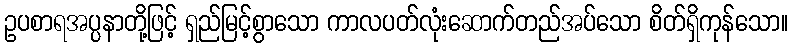
ဥပစာရအပ္ပနာတို့ဖြင့် ရှည်မြင့်စွာသော ကာလပတ်လုံးဆောက်တည်အပ်သော စိတ်ရှိကုန်သော။